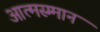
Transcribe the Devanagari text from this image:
आत्मस्म्मान